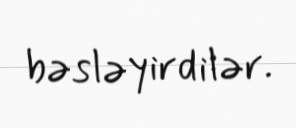
bəsləyirdilər.